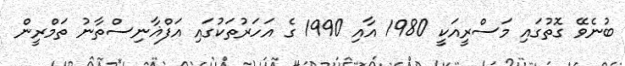
ބުނެވޭ ގޮތުގައި މަސްރީއަކީ 1980 އާއި 1990 ގެ އަހަރުތަކުގައި އަފްޣާނިސްތާނު ތަމްރީން